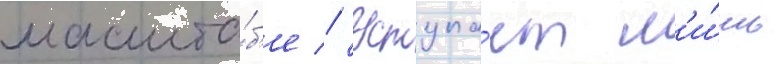
масшта́б'е // Уступа́ет л'и́шь